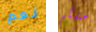
نعم ستبكي